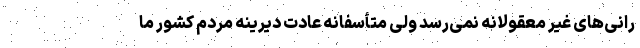
رانی‌های غیر معقولانه نمی‌رسد ولی متأسفانه عادت دیرینه مردم کشور ما